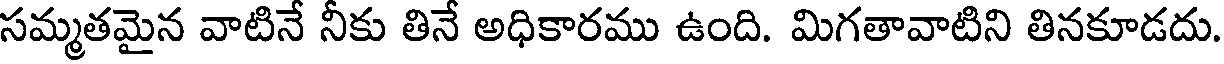
సమ్మతమైన వాటినే నీకు తినే అధికారము ఉంది. మిగతావాటిని తినకూడదు.